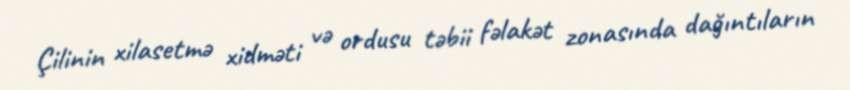
Çilinin xilasetmə xidməti və ordusu təbii fəlakət zonasında dağıntıların